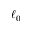
\ell _ { 0 }